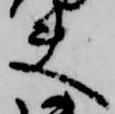
夫